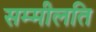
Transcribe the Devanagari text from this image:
सम्मीलति